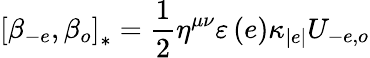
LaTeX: \left[\beta_{-e},\beta_{o}\right]_{\ast}=\frac{1}{2}\eta^{\mu\nu}\varepsilon\left(e\right)\kappa_{\left\vert e\right\vert}U_{-e,o}